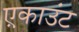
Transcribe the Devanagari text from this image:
ए़काउंट